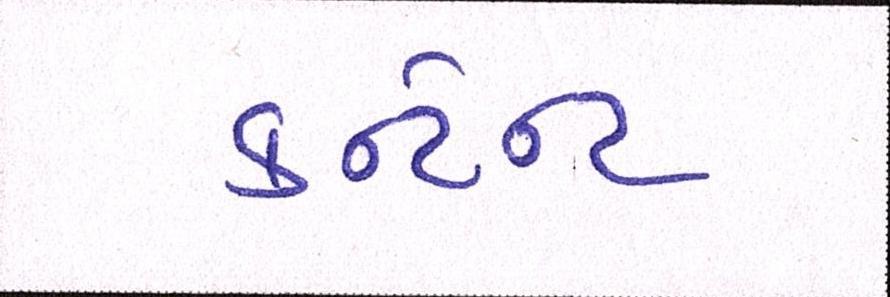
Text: કન્ટેન્ટ